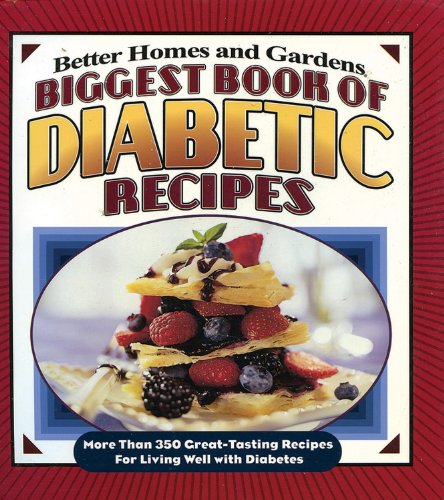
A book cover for Biggest Book of Diabetic Recipes: More than 350 Great-Tasting Recipes for Living Well with Diabetes (Better Homes & Gardens; Better Homes and Gardens; Cookbooks, Food & Wine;